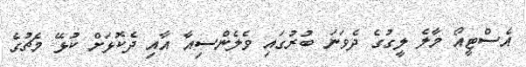
އެސްޓީއޯ މާލެ ލީގުގެ ދެވަނަ ބުރުގައި ވެލެންސިއާ އާއި ދެކޮޅަށް ކުޅޭ މެޗުގެ